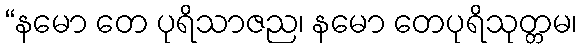
“နမော တေ ပုရိသာဇည၊ နမော တေပုရိသုတ္တမ၊